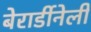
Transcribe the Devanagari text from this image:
बेरार्डीनेली